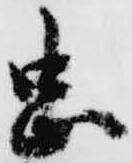
忠